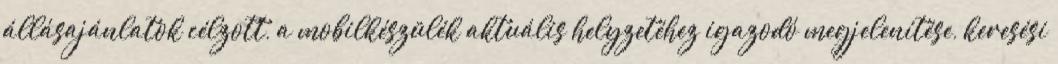
állásajánlatok célzott, a mobilkészülék aktuális helyzetéhez igazodó megjelenítése, keresési